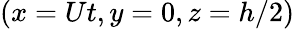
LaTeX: (x=Ut,y=0,z=h/2)